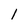
Character: I